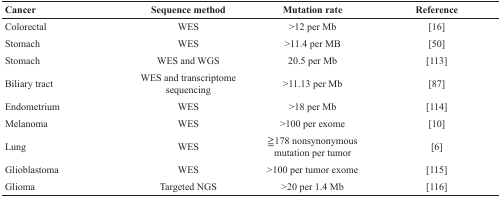
<table><thead><tr><td><b>Cancer</b></td><td><b>Sequence method</b></td><td><b>Mutation rate</b></td><td><b>Reference</b></td></tr></thead><tbody><tr><td>Colorectal</td><td>WES</td><td>&gt;12 per Mb</td><td>[16]</td></tr><tr><td>Stomach</td><td>WES</td><td>&gt;11.4 per MB</td><td>[50]</td></tr><tr><td>Stomach</td><td>WES and WGS</td><td>20.5 per Mb</td><td>[113]</td></tr><tr><td>Biliary tract</td><td>WES and transcriptome sequencing</td><td>&gt;11.13 per Mb</td><td>[87]</td></tr><tr><td>Endometrium</td><td>WES</td><td>&gt;18 per Mb</td><td>[114]</td></tr><tr><td>Melanoma</td><td>WES</td><td>&gt;100 per exome</td><td>[10]</td></tr><tr><td>Lung</td><td>WES</td><td>≧178 nonsynonymous mutation per tumor</td><td>[6]</td></tr><tr><td>Glioblastoma</td><td>WES</td><td>&gt;100 per tumor exome</td><td>[115]</td></tr><tr><td>Glioma</td><td>Targeted NGS</td><td>&gt;20 per 1.4 Mb</td><td>[116]</td></tr></tbody></table>